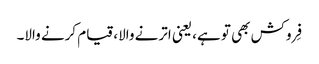
فِروکش بھی تو ہے، یعنی اترنے والا، قیام کرنے والا۔